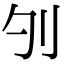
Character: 𠚭